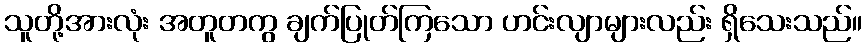
သူတို့အားလုံး အတူတကွ ချက်ပြုတ်ကြသော ဟင်းလျာများလည်း ရှိသေးသည်။